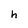
Character: h